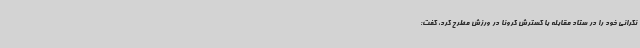
نگرانی خود را در ستاد مقابله با گسترش کرونا در ورزش مطرح کرد، گفت: